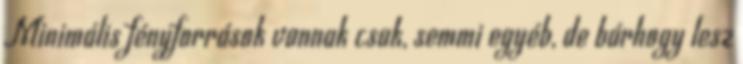
Minimális fényforrások vannak csak, semmi egyéb, de bárhogy lesz